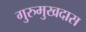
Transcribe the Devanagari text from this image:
गुरुमुखदास